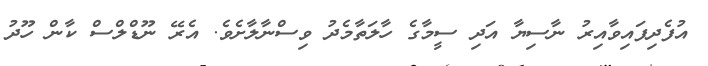
އުފެދިފައިވާއިރު ނާސިޔާ އަދި ސީމާގެ ހާލަތާމެދު ވިސްނާލާށެވެ. އެރޭ ނޫޑްލްސް ކާން ހޫދު